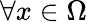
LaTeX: \forall x\in\Omega